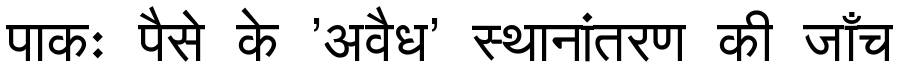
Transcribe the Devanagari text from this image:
पाकः पैसे के 'अवैध' स्थानांतरण की जाँच